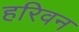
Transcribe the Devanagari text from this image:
हरिवन